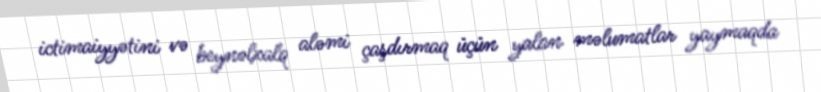
ictimaiyyətini və beynəlxalq aləmi çaşdırmaq üçün yalan məlumatlar yaymaqda